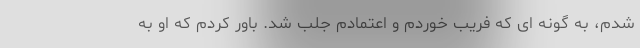
شدم، به گونه ای که فریب خوردم و اعتمادم جلب شد. باور کردم که او به